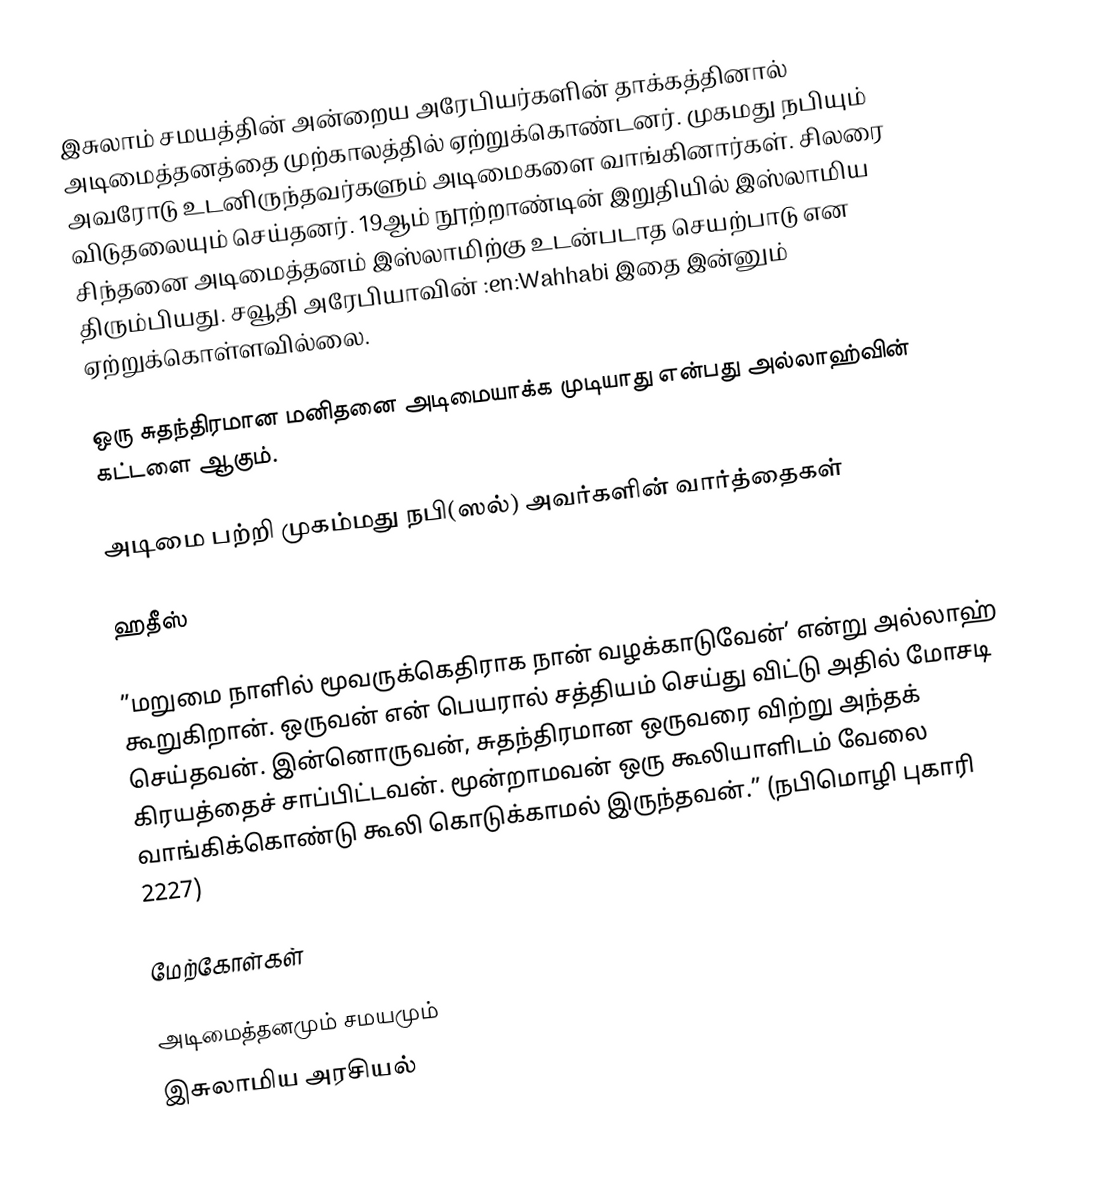
இசுலாம் சமயத்தின் அன்றைய அரேபியர்களின் தாக்கத்தினால் அடிமைத்தனத்தை முற்காலத்தில் ஏற்றுக்கொண்டனர்.  முகமது நபியும் அவரோடு உடனிருந்தவர்களும் அடிமைகளை வாங்கினார்கள்.  சிலரை விடுதலையும் செய்தனர்.  19ஆம் நூற்றாண்டின் இறுதியில் இஸ்லாமிய சிந்தனை அடிமைத்தனம் இஸ்லாமிற்கு உடன்படாத செயற்பாடு என திரும்பியது.  சவூதி அரேபியாவின் :en:Wahhabi இதை இன்னும் ஏற்றுக்கொள்ளவில்லை.

ஒரு சுதந்திரமான மனிதனை அடிமையாக்க முடியாது என்பது அல்லாஹ்வின் கட்டளை ஆகும்.

அடிமை பற்றி முகம்மது நபி(ஸல்) அவர்களின் வார்த்தைகள்

ஹதீஸ்

 ”மறுமை நாளில் மூவருக்கெதிராக நான் வழக்காடுவேன்’ என்று அல்லாஹ் கூறுகிறான். ஒருவன் என் பெயரால் சத்தியம் செய்து விட்டு அதில் மோசடி செய்தவன். இன்னொருவன், சுதந்திரமான ஒருவரை விற்று அந்தக் கிரயத்தைச் சாப்பிட்டவன். மூன்றாமவன் ஒரு கூலியாளிடம் வேலை வாங்கிக்கொண்டு கூலி கொடுக்காமல் இருந்தவன்.” (நபிமொழி புகாரி 2227)

மேற்கோள்கள்

அடிமைத்தனமும் சமயமும்
இசுலாமிய அரசியல்